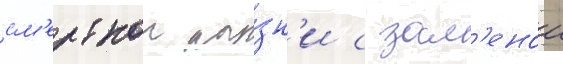
см'ертнои ка́зн'и с зам'енои